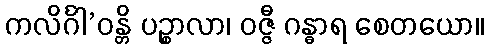
ကလိင်္ဂါ’ဝန္တိ ပဉ္စာလာ၊ ဝဇ္ဇီ ဂန္ဓာရ စေတယော။